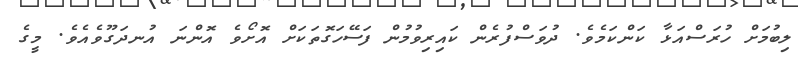
ލިބުމަށް ހުރަސްއަޅާ ކަންކަމެވެ. ދުވަސްފުރެން ކައިރިވުމުން ފަސޭހަގޮތަކަށް އޮށޯވެ އޮންނަ އުނދަގޫވެއެވެ. މީގެ